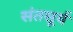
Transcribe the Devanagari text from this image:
संतसूर्य